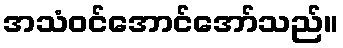
အသံဝင်အောင်အော်သည်။